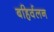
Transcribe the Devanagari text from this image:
बहिर्वलन